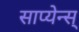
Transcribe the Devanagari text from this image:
साप्येन्स्